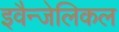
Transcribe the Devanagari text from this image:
इवैन्जेलिकल